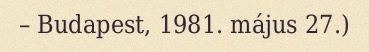
– Budapest, 1981. május 27.)